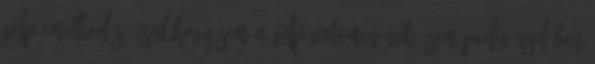
GDP-emelkedés. Csakhogy sem a GDP volumenének, sem pedig USD-ben